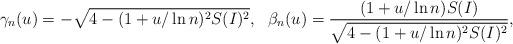
LaTeX: \begin{align*}&\gamma_n(u)=-\sqrt{4-(1+u/\ln n)^2S(I)^2},\ \ \beta_n(u)=\frac{(1+u/\ln n)S(I)}{\sqrt{4-(1+u/\ln n)^2S(I)^2}},\end{align*}